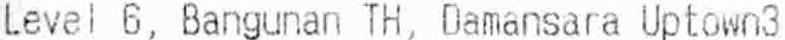
LEVEL 6, BANGUNAN TH, DAMANSARA UPTOWN3